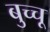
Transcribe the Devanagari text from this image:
बुच्चू